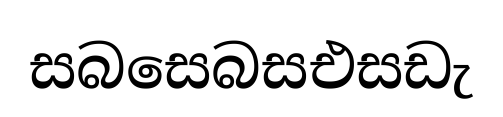
සබසෙබසඑසඩැ